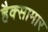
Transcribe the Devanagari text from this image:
हैक्सामार